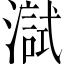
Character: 𤀏